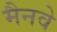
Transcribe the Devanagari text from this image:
मैनवे